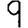
Digit: 9